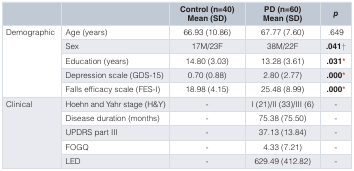
|  |  | Control (n=40)Mean (SD) | PD (n=60)Mean (SD) | p |
 | --- | --- | --- | --- | --- |
 | <ROWSPAN=5> Demographic | Age (years) | 66.93 (10.86) | 67.77 (7.60) | .649 |
 | Sex | 17M/23F | 38M/22F | .041† |
 | Education (years) | 14.80 (3.03) | 13.28 (3.61) | .031* |
 | Depression scale (GDS-15) | 0.70 (0.88) | 2.80 (2.77) | .000* |
 | Falls efficacy scale (FES-I) | 18.98 (4.15) | 25.48 (8.99) | .000* |
 | <ROWSPAN=5> Clinical | Hoehn and Yahr stage (H&Y) | - | I (21)/II (33)/III (6) | - |
 | Disease duration (months) | - | 75.38 (75.50) | - |
 | UPDRS part III | - | 37.13 (13.84) | - |
 | FOGQ | - | 4.33 (7.21) | - |
 | LED | - | 629.49 (412.82) | - |